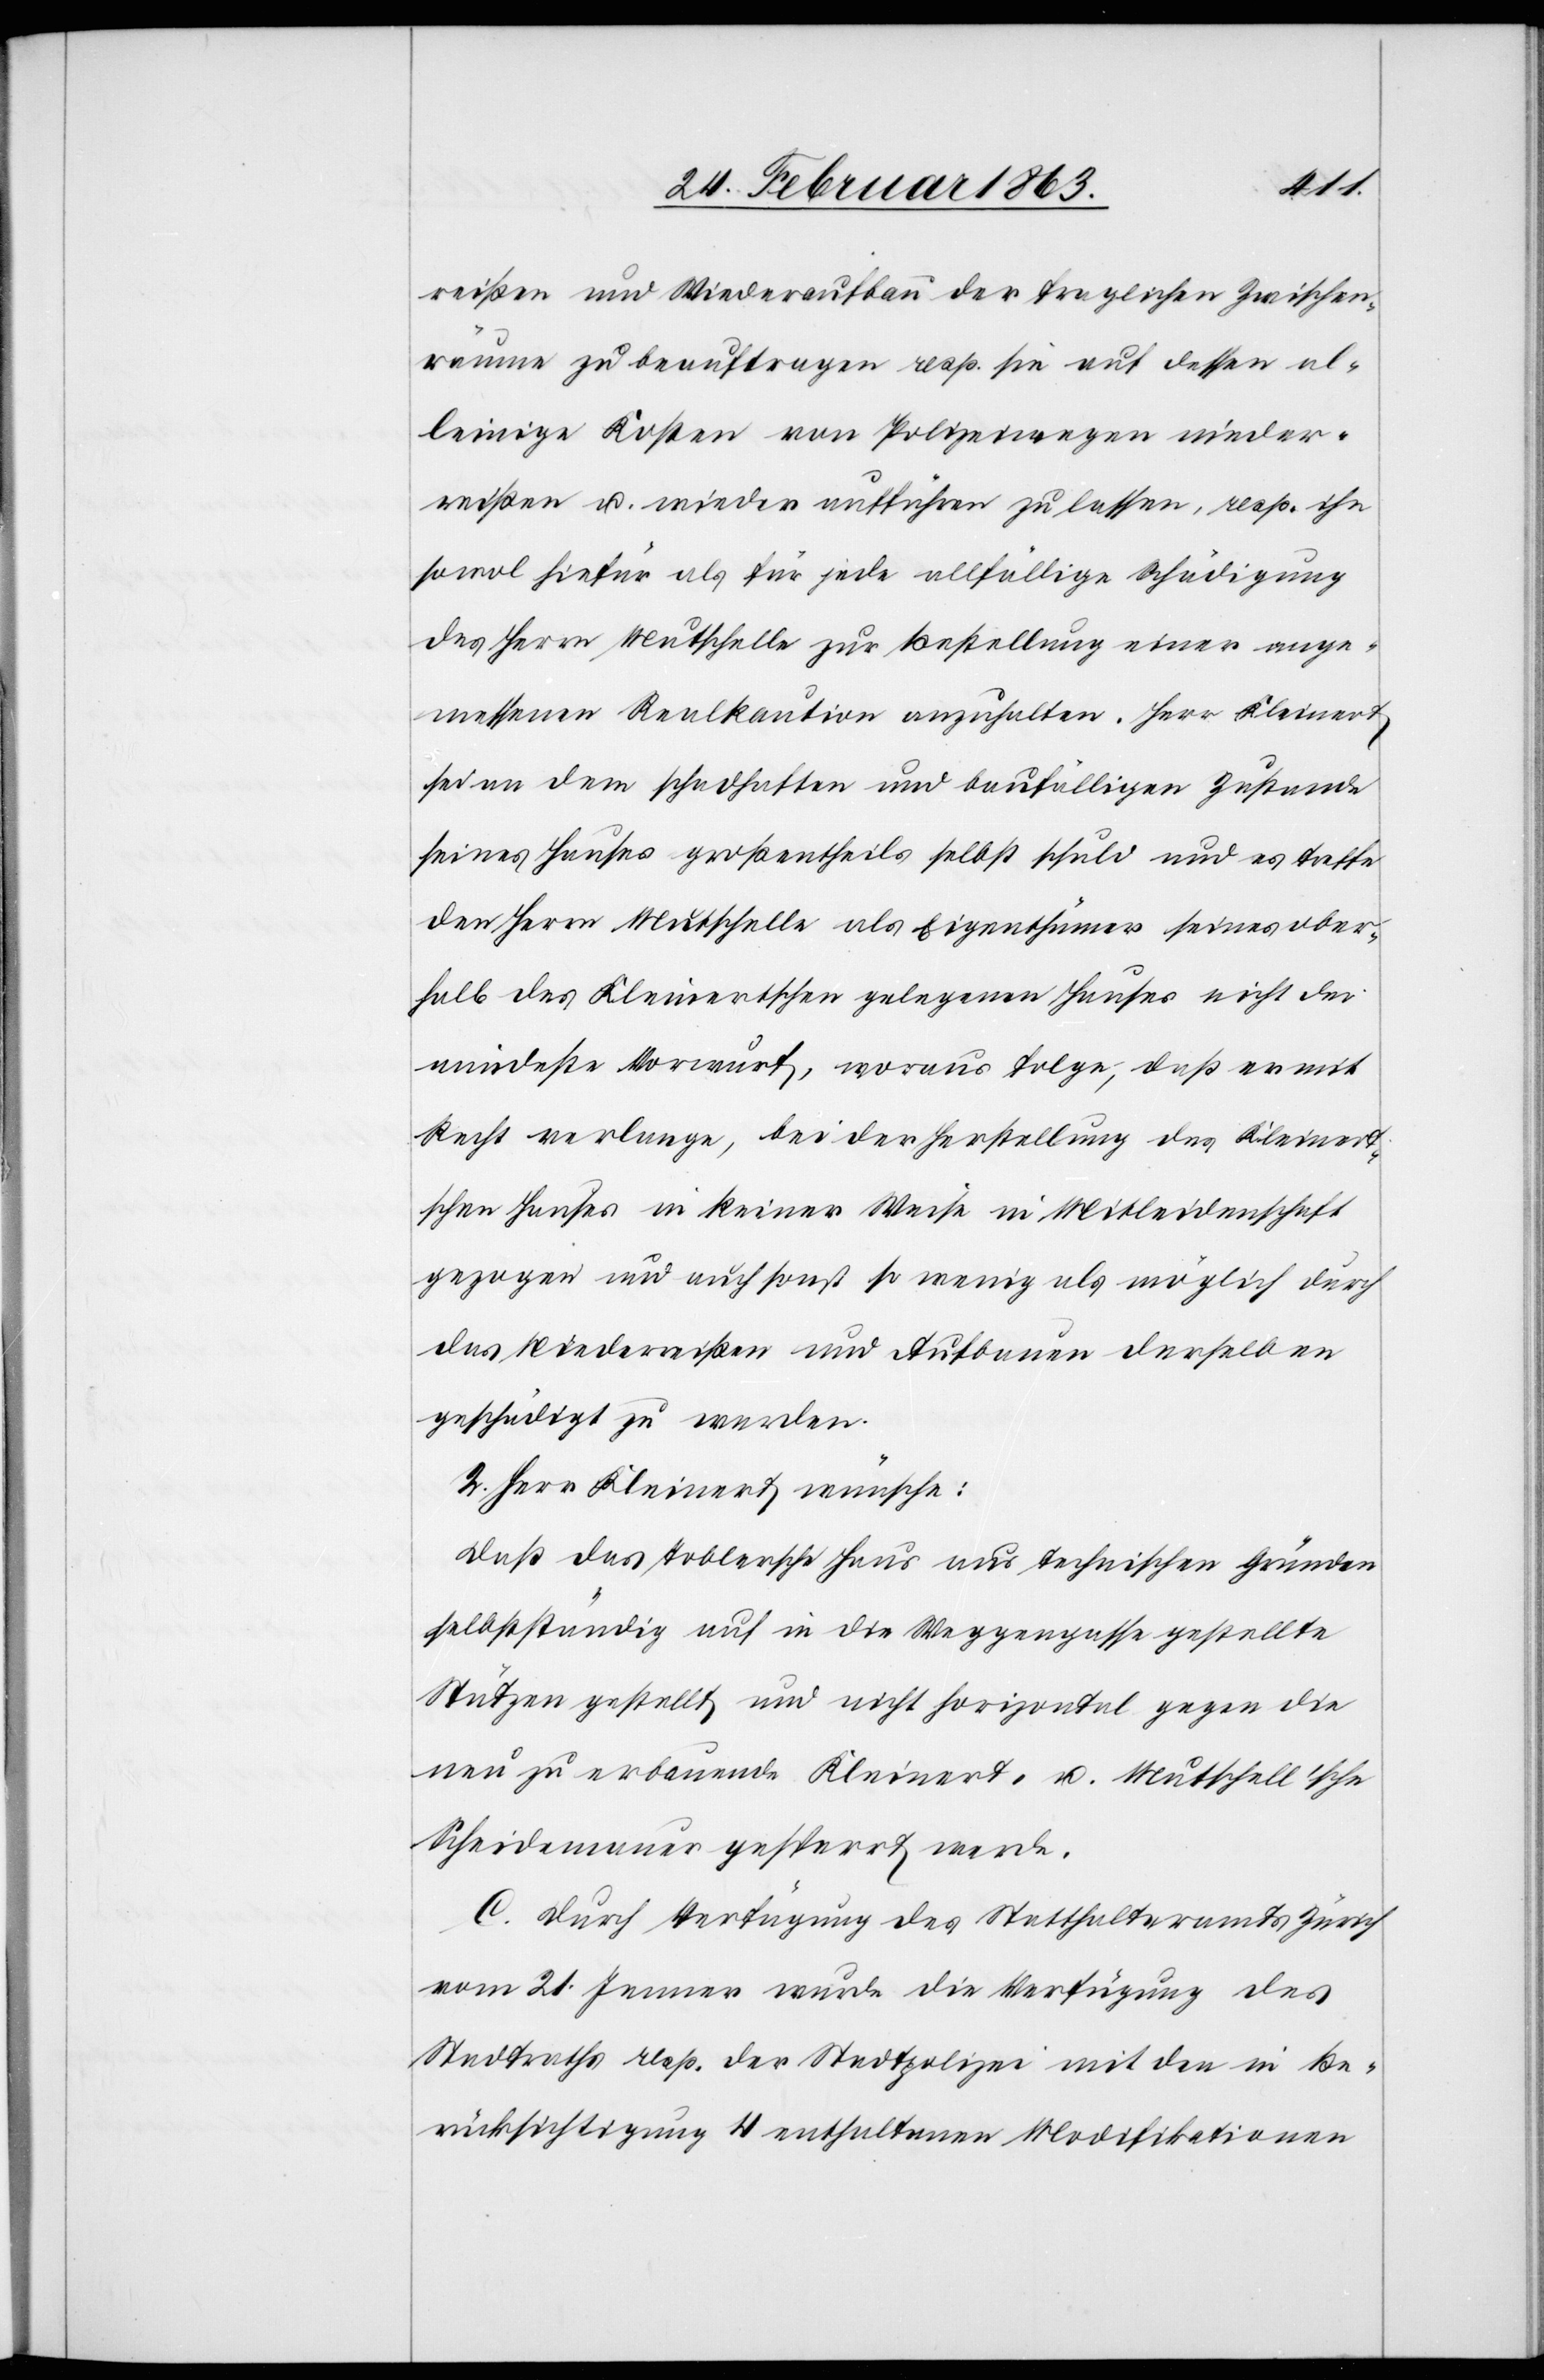
reißen und Wiederaufbau der fraglichen Zwischen¬
räume zu beauftragen resp. sie auf dessen al¬
leinige Kosten von Polizeiwegen nieder¬
reißen u. wiederaufführen zu lassen, resp. ihn
sowol hiefür als für jede allfällige Schädigung
des Herrn Mutschelle zur Bestellung einer ange¬
messenen Realkaution anzuhalten. Herr Kleinert
sei an dem schadhaften und baufälligen Zustande
seines Hauses großentheils selbst schuld und es treffe
den Herrn Mutschelle als Eigenthümer seines ober¬
halb des Kleinertschen gelegenen Hauses nicht der
mindeste Vorwurf, woraus folge, daß er mit
Recht verlange, bei der Herstellung des Kleinert¬
schen Hauses in keiner Weise in Mitleidenschaft
gezogen und auch sonst so wenig als möglich durch
das Niederreißen und Aufbauen derselben
geschädigt zu werden.
2. Herr Kleinert wünsche:
Daß das Toblersche Haus aus technischen Gründen
selbstständig auf in die Weggengasse gestellte
Stützen gestellt und nicht horizontal gegen die
neu zu erbauende Kleinert- u. Mutschell'sche
Scheidemauer gesperrt werde.
C. Durch Verfügung des Statthalteramtes Zürich
vom 21. Jenner wurde die Verfügung des
Stadtraths resp. der Stadtpolizei mit den in Be¬
rücksichtigung 4 enthaltenen Modifikationen